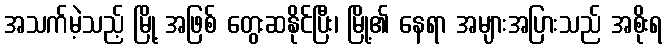
အသက်မဲ့သည့် မြို့ အဖြစ် တွေးဆနိုင်ပြီး၊ မြို့၏ နေရာ အများအပြားသည် အစိုးရ